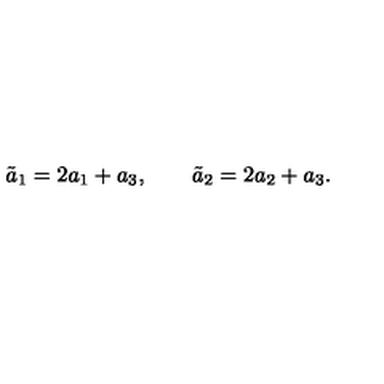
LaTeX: \tilde { a } _ { 1 } = 2 a _ { 1 } + a _ { 3 } , \qquad \tilde { a } _ { 2 } = 2 a _ { 2 } + a _ { 3 } .